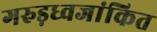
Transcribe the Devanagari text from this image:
गरुड़ध्वजांकित